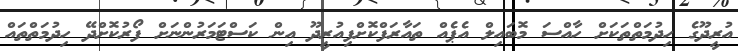
އުރީދޫގެ ހިދުމަތްތަކަށް ހާއްސަ މޮބައިލް އެޕެއް ތައާރަފްކޮށްފިއުރީދޫ އިން ކަސްޓަމަރުންނަށް ފޯރުކޮށްދޭ ހިދުމަތްތައް